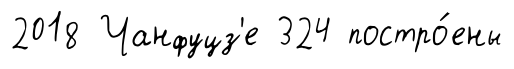
2018 Чанфуцз'е 324 постро́ены